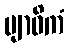
ဗျာဓိကံ